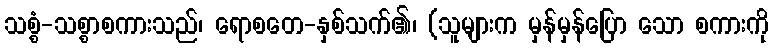
သစ္စံ-သစ္စာစကားသည်၊ ရောစတေ-နှစ်သက်၏၊ (သူများက မှန်မှန်ပြော သော စကားကို